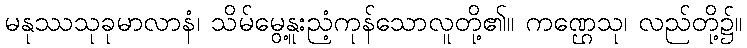
မနုဿသုခုမာလာနံ၊ သိမ်မွေ့နူးညံ့ကုန်သောလူတို့၏။ ကဏ္ဌေသု၊ လည်တို့၌။